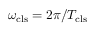
\omega _ { \mathrm { c l s } } = 2 \pi / T _ { \mathrm { c l s } }